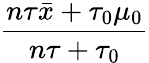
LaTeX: \frac{n\tau{\bar{x}}+\tau_{0}\mu_{0}}{n\tau+\tau_{0}}